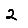
Digit: 2